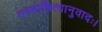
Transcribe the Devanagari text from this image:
तस्मान्नित्यानुवादः।